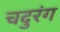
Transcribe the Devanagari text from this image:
चदुरंग